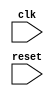
module pci_express_controller (
    input wire clk,
    input wire reset,
    // input/output ports for data communication with other components
);

// Timing control block
always @(posedge clk) begin
    // clock domain crossing logic implementation
    // synchronization logic implementation
end

// Synchronization block
always @(posedge clk) begin
    // data transaction handling logic implementation
    // address decoding logic implementation
    // bus arbitration logic implementation
end

endmodule